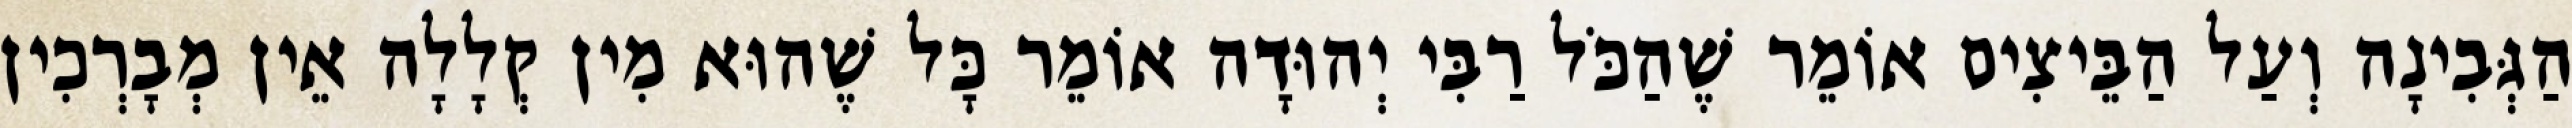
הַגְּבִינָה וְעַל הַבֵּיצִים אוֹמֵר שֶׁהַכֹּל רַבִּי יְהוּדָה אוֹמֵר כָּל שֶׁהוּא מִין קְלָלָה אֵין מְבָרְכִין